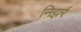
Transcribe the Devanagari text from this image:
निझर्र